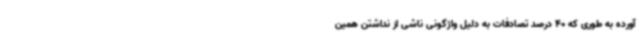
آورده به طوری که 40 درصد تصادفات به دلیل واژگونی ناشی از نداشتن همین